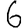
Digit: 6